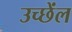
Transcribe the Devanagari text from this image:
उच्छेंल